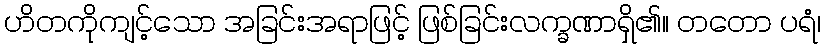
ဟိတကိုကျင့်သော အခြင်းအရာဖြင့် ဖြစ်ခြင်းလက္ခဏာရှိ၏။ တတော ပရံ၊